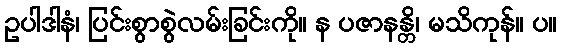
ဥပါဒါနံ၊ ပြင်းစွာစွဲလမ်းခြင်းကို။ န ပဇာနန္တိ၊ မသိကုန်။ ပ။